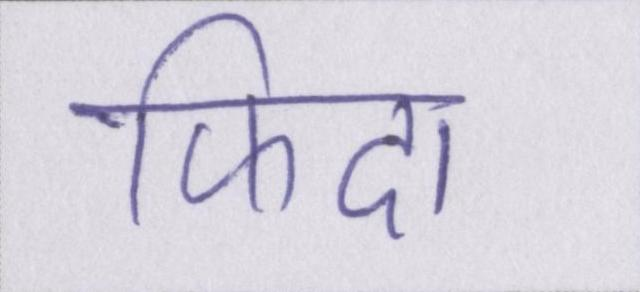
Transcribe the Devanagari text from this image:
फिदा